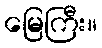
မြေကြီး။